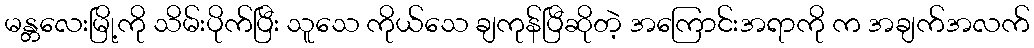
မန္တလေးမြို့ကို သိမ်းပိုက်ပြီး သူသေ ကိုယ်သေ ချကုန်ပြီဆိုတဲ့ အကြောင်းအရာကို က အချက်အလက်